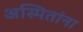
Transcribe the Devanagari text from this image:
अस्मितांना